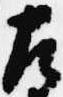
左